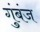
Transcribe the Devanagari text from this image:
गुंबंज